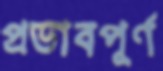
প্রভাবপূর্ণ